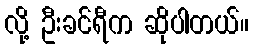
လို့ ဦးခင်ရီက ဆိုပါတယ်။